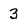
Character: 3